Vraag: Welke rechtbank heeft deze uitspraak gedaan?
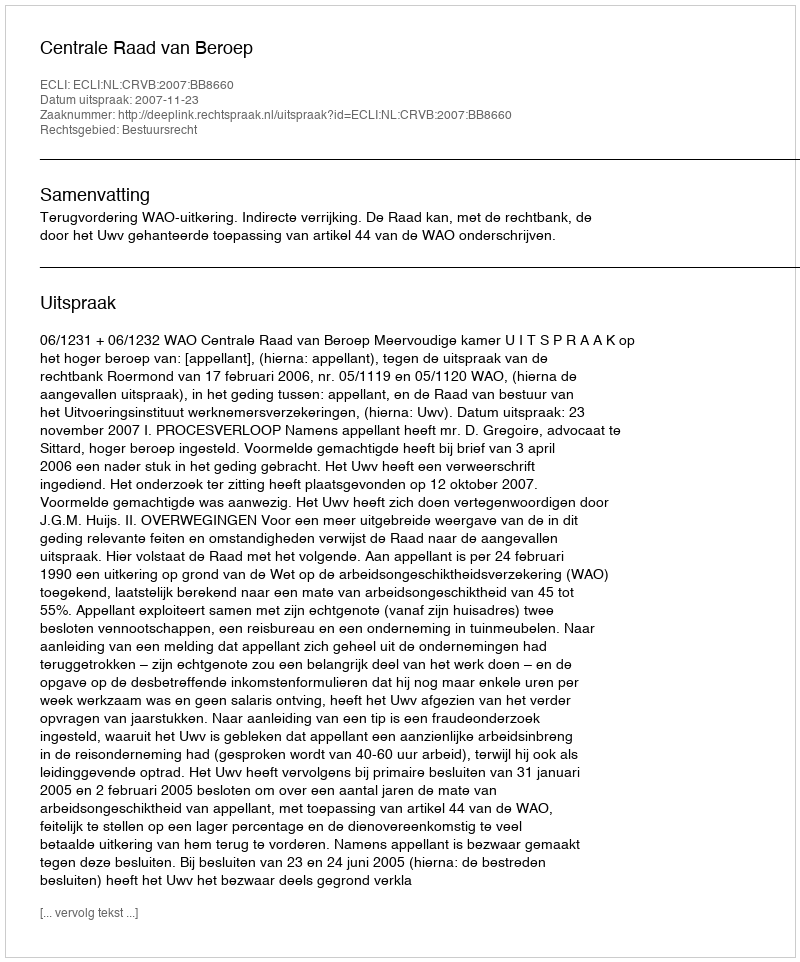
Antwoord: Centrale Raad van Beroep